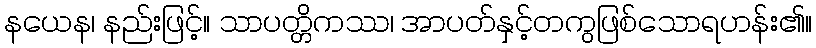
နယေန၊ နည်းဖြင့်။ သာပတ္တိကဿ၊ အာပတ်နှင့်တကွဖြစ်သောရဟန်း၏။